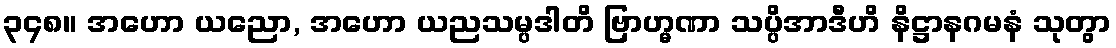
၃၄၈။ အဟော ယညော, အဟော ယညသမ္ပဒါတိ ဗြာဟ္မဏာ သပ္ပိအာဒီဟိ နိဋ္ဌာနဂမနံ သုတွာ